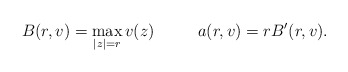
\begin{align*}B(r,v)=\max_{|z|=r} v(z)~\quad\quad~a(r,v)=r B'(r,v).\end{align*}